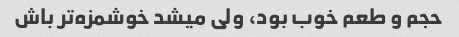
حجم و طعم خوب بود، ولی میشد خوشمزه‌تر باش